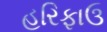
હરિફાઉ